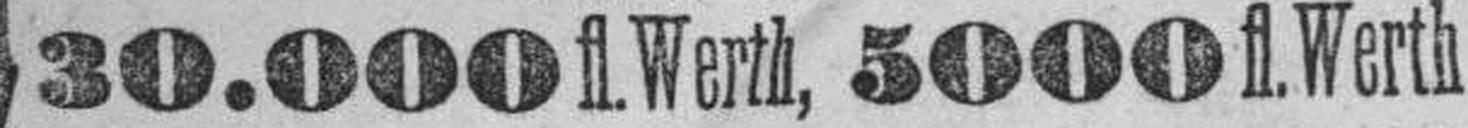
30.000 fl. Werth, 5000 fl. Werth